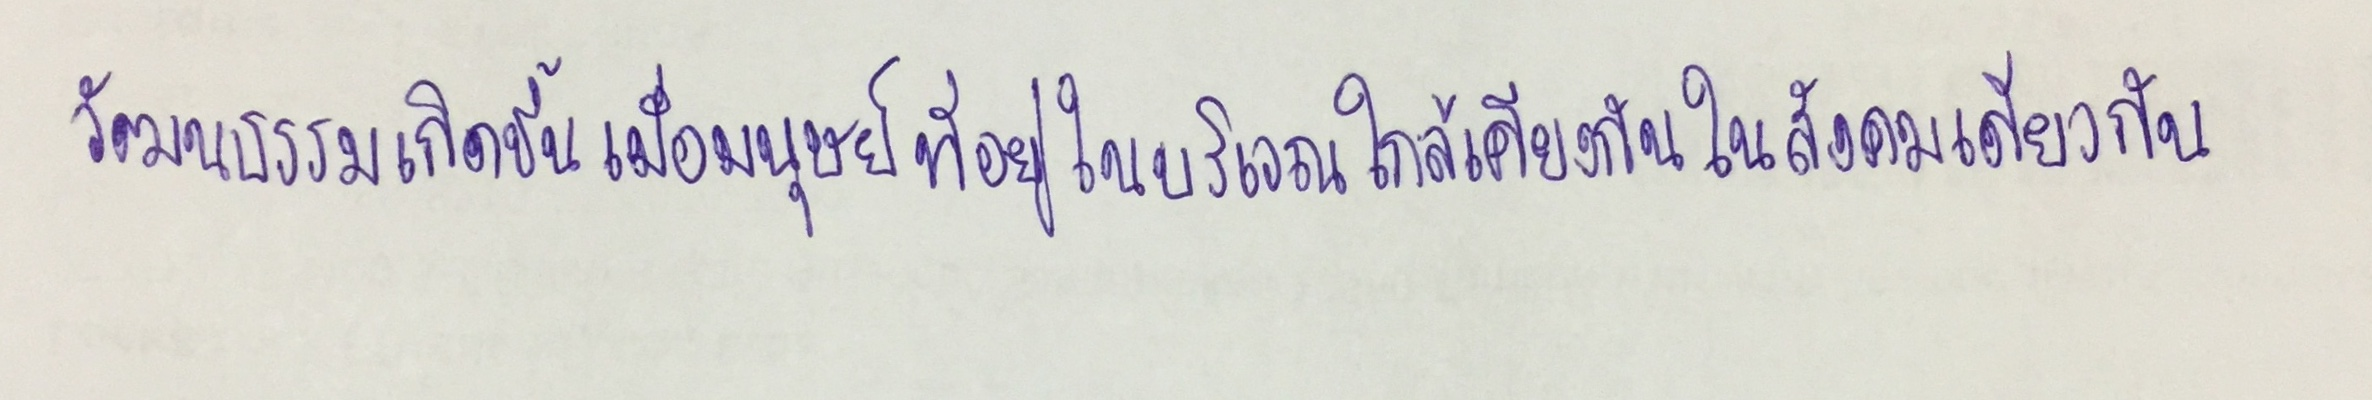
วัฒนธรรมเกิดขึ้นเมื่อมนุษย์ที่อยู่ในบริเวณใกล้เคียงกันในสังคมเดียวกัน